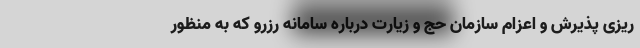
ریزی پذیرش و اعزام سازمان حج و زیارت درباره سامانه رزرو که به منظور